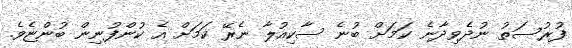
ފުރުސަތު ނުދެވިދާނެ ކަމަށް ބުނެ ސާކިއުލާ ނެރޭ ކަމަށް އެ ކުންފުނިން ބުންޏެވެ.